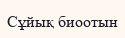
Сұйық биоотын